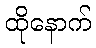
ထိုနောက်